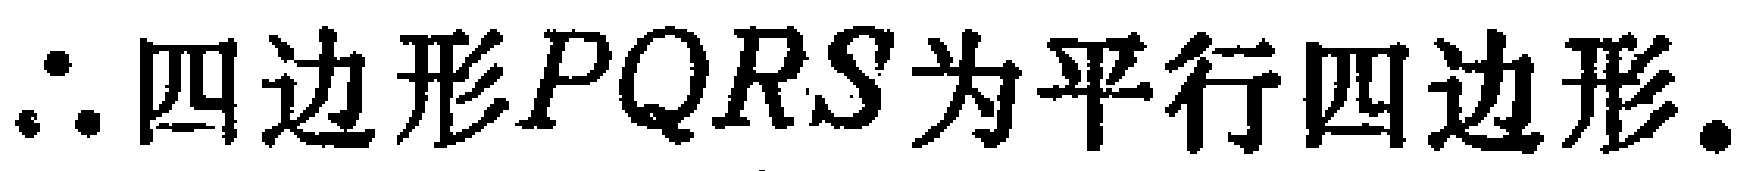
\(\therefore\)四边形\(PQRS\)为平行四边形.